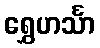
ရွှေဟင်္သာ